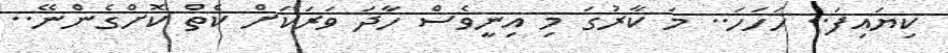
ކިޔައިފަ.. ހަހަހަ.. މަ ކާރުގަ މި އިނީވެސް ހާދަ ވަރަކަށް ކެތް ކޮށްގެންނޭ..